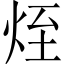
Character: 𤈜